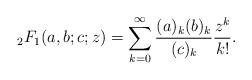
LaTeX: \begin{align*}{}_2F_1(a, b; c; z) = \sum_{k=0}^\infty\frac{(a)_k(b)_k}{(c)_k}\frac{z^k}{k!}.\end{align*}